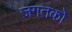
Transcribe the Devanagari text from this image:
जगतको